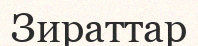
Зираттар